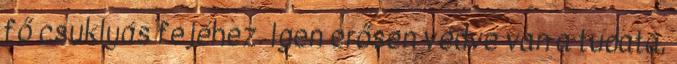
fő csuklyás fejéhez. Igen erősen védve van a tudata,